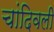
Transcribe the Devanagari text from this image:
चांदिवली